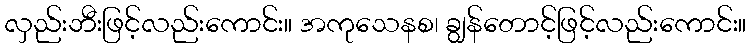
လှည်းဘီးဖြင့်လည်းကောင်း။ အကုသေနစ၊ ချွန်တောင့်ဖြင့်လည်းကောင်း။